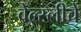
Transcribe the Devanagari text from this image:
वेल्स्लीचे